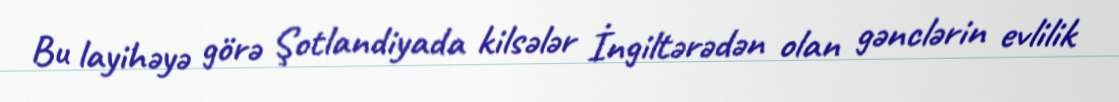
Bu layihəyə görə Şotlandiyada kilsələr İngiltərədən olan gənclərin evlilik